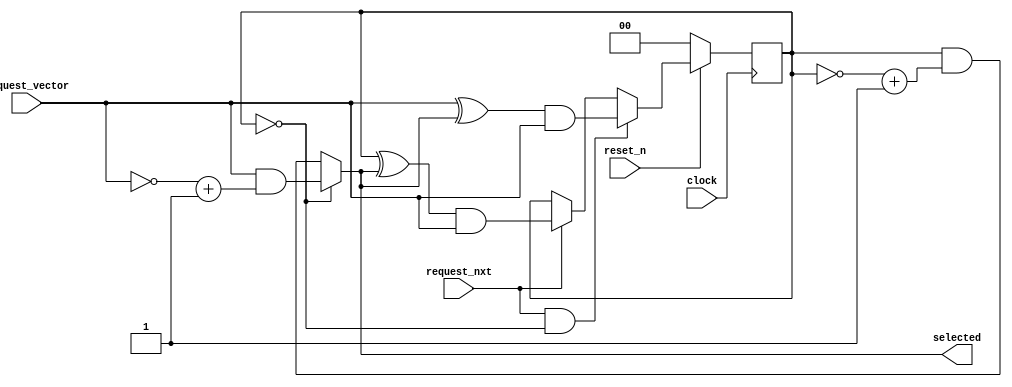
// *!***************************************************************************
// *! Copyright 2019 International Business Machines
// *!
// *! Licensed under the Apache License, Version 2.0 (the "License");
// *! you may not use this file except in compliance with the License.
// *! You may obtain a copy of the License at
// *! http://www.apache.org/licenses/LICENSE-2.0 
// *!
// *! The patent license granted to you in Section 3 of the License, as applied
// *! to the "Work," hereby includes implementations of the Work in physical form.  
// *!
// *! Unless required by applicable law or agreed to in writing, the reference design
// *! distributed under the License is distributed on an "AS IS" BASIS,
// *! WITHOUT WARRANTIES OR CONDITIONS OF ANY KIND, either express or implied.
// *! See the License for the specific language governing permissions and
// *! limitations under the License.
// *! 
// *! The background Specification upon which this is based is managed by and available from
// *! the OpenCAPI Consortium.  More information can be found at https://opencapi.org. 
// *!***************************************************************************
// Module designer: Dimitris Syrivelis
// Backup: Christian Pinto, Michele Gazzetti

`timescale 1ns / 10ps
// ******************************************************************************************************************************
// File Name          :  thymesisflow_rr_arbiter
// Project            :  ThymesisFlow disagreggated memory
//                       Round robin arbiter
// ******************************************************************************************************************************
// ==============================================================================================================================
// @@@  Module Declaration
// ==============================================================================================================================

module thymesisflow_rr_arbiter
 #(parameter SIZE = 2) (

    input              clock                   // Clock - samples & launches data on rising edge
  , input              reset_n                //  Active Low

  // fifo_in AXI-STREAM 
   , input  [SIZE-1:0]  request_vector
   , input              request_nxt
   , output [SIZE-1:0]  selected

);

reg [SIZE-1:0] masked_req_vector;//snapshot of the request input.


//masked req vector
always @(posedge(clock))
begin
  if (reset_n == 1'b0) //Reset active 
     begin
       masked_req_vector <= 2'b0;
     end
  else if ((request_nxt == 1'b1) && (masked_req_vector == 2'b0)) //active
     begin
       masked_req_vector <= (request_vector ^ selected) & request_vector;  //empty mask means no history or rollover - so we just remove previous selection.
     end
  else if ((request_nxt == 1'b1))
     begin
       masked_req_vector <= (masked_req_vector ^ selected) & request_vector; //
     end
end

//Combinational to return selection immediately
assign selected = (masked_req_vector == 2'b0) ? request_vector & (~request_vector + 1) : masked_req_vector & (~masked_req_vector + 1); 

endmodule